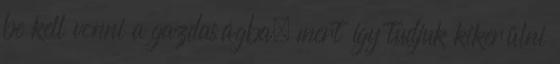
be kell vonni a gazdaságba, mert így tudjuk kikerülni